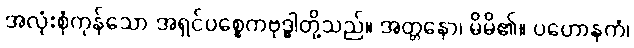
အလုံးစုံကုန်သော အရှင်ပစ္စေကဗုဒ္ဓါတို့သည်။ အတ္တနော၊ မိမိ၏။ ပဟောနကံ၊